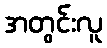
အတွင်းလူ